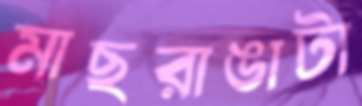
মাছরাঙাটা